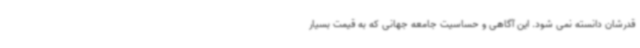
قدرشان دانسته نمی شود. این آگاهی و حساسیت جامعه جهانی که به قیمت بسیار